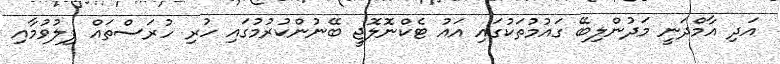
އަދި އާމްދަނީ މަދުންލިބޭ ގައުމުތަކުގައި އައު ޓެކްނޮލޮޖީ ބޭނުންކުރުމުގައި ހުރި ހުރަސްތައް ފިލުވުމާއި